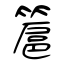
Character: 簄